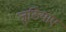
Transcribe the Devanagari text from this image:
जुठियाए